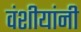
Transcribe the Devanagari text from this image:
वंशीयांनी